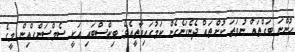
ހުންނަ ބަގްތައް ނުވަތަ ކުށްތައް ދެނެގަނެގެން ކަމުގައިވާތީއެވެ. ބިކްސްބައި އަކީ ސެމްސަންގްއިން މީގެ